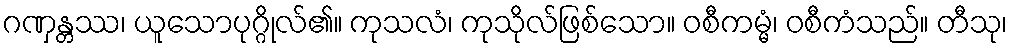
ဂဏှန္တဿ၊ ယူသောပုဂ္ဂိုလ်၏။ ကုသလံ၊ ကုသိုလ်ဖြစ်သော။ ဝစီကမ္မံ၊ ဝစီကံသည်။ တီသု၊